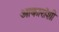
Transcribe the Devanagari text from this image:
आकारांशी